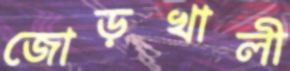
জোড়খালী